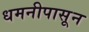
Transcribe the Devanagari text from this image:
धमनीपासून